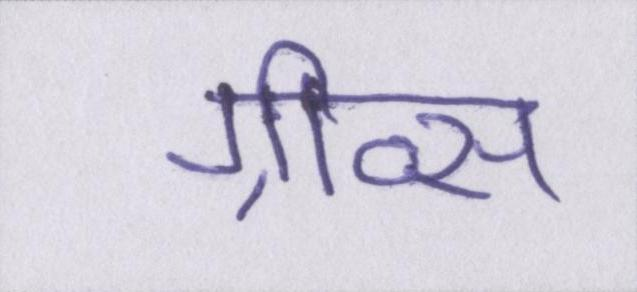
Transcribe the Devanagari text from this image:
ग्रीव्स